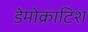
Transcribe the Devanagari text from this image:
डेमोक्राटिश